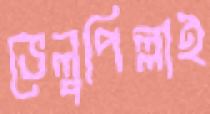
ভেলুপিল্লাই